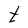
Character: t